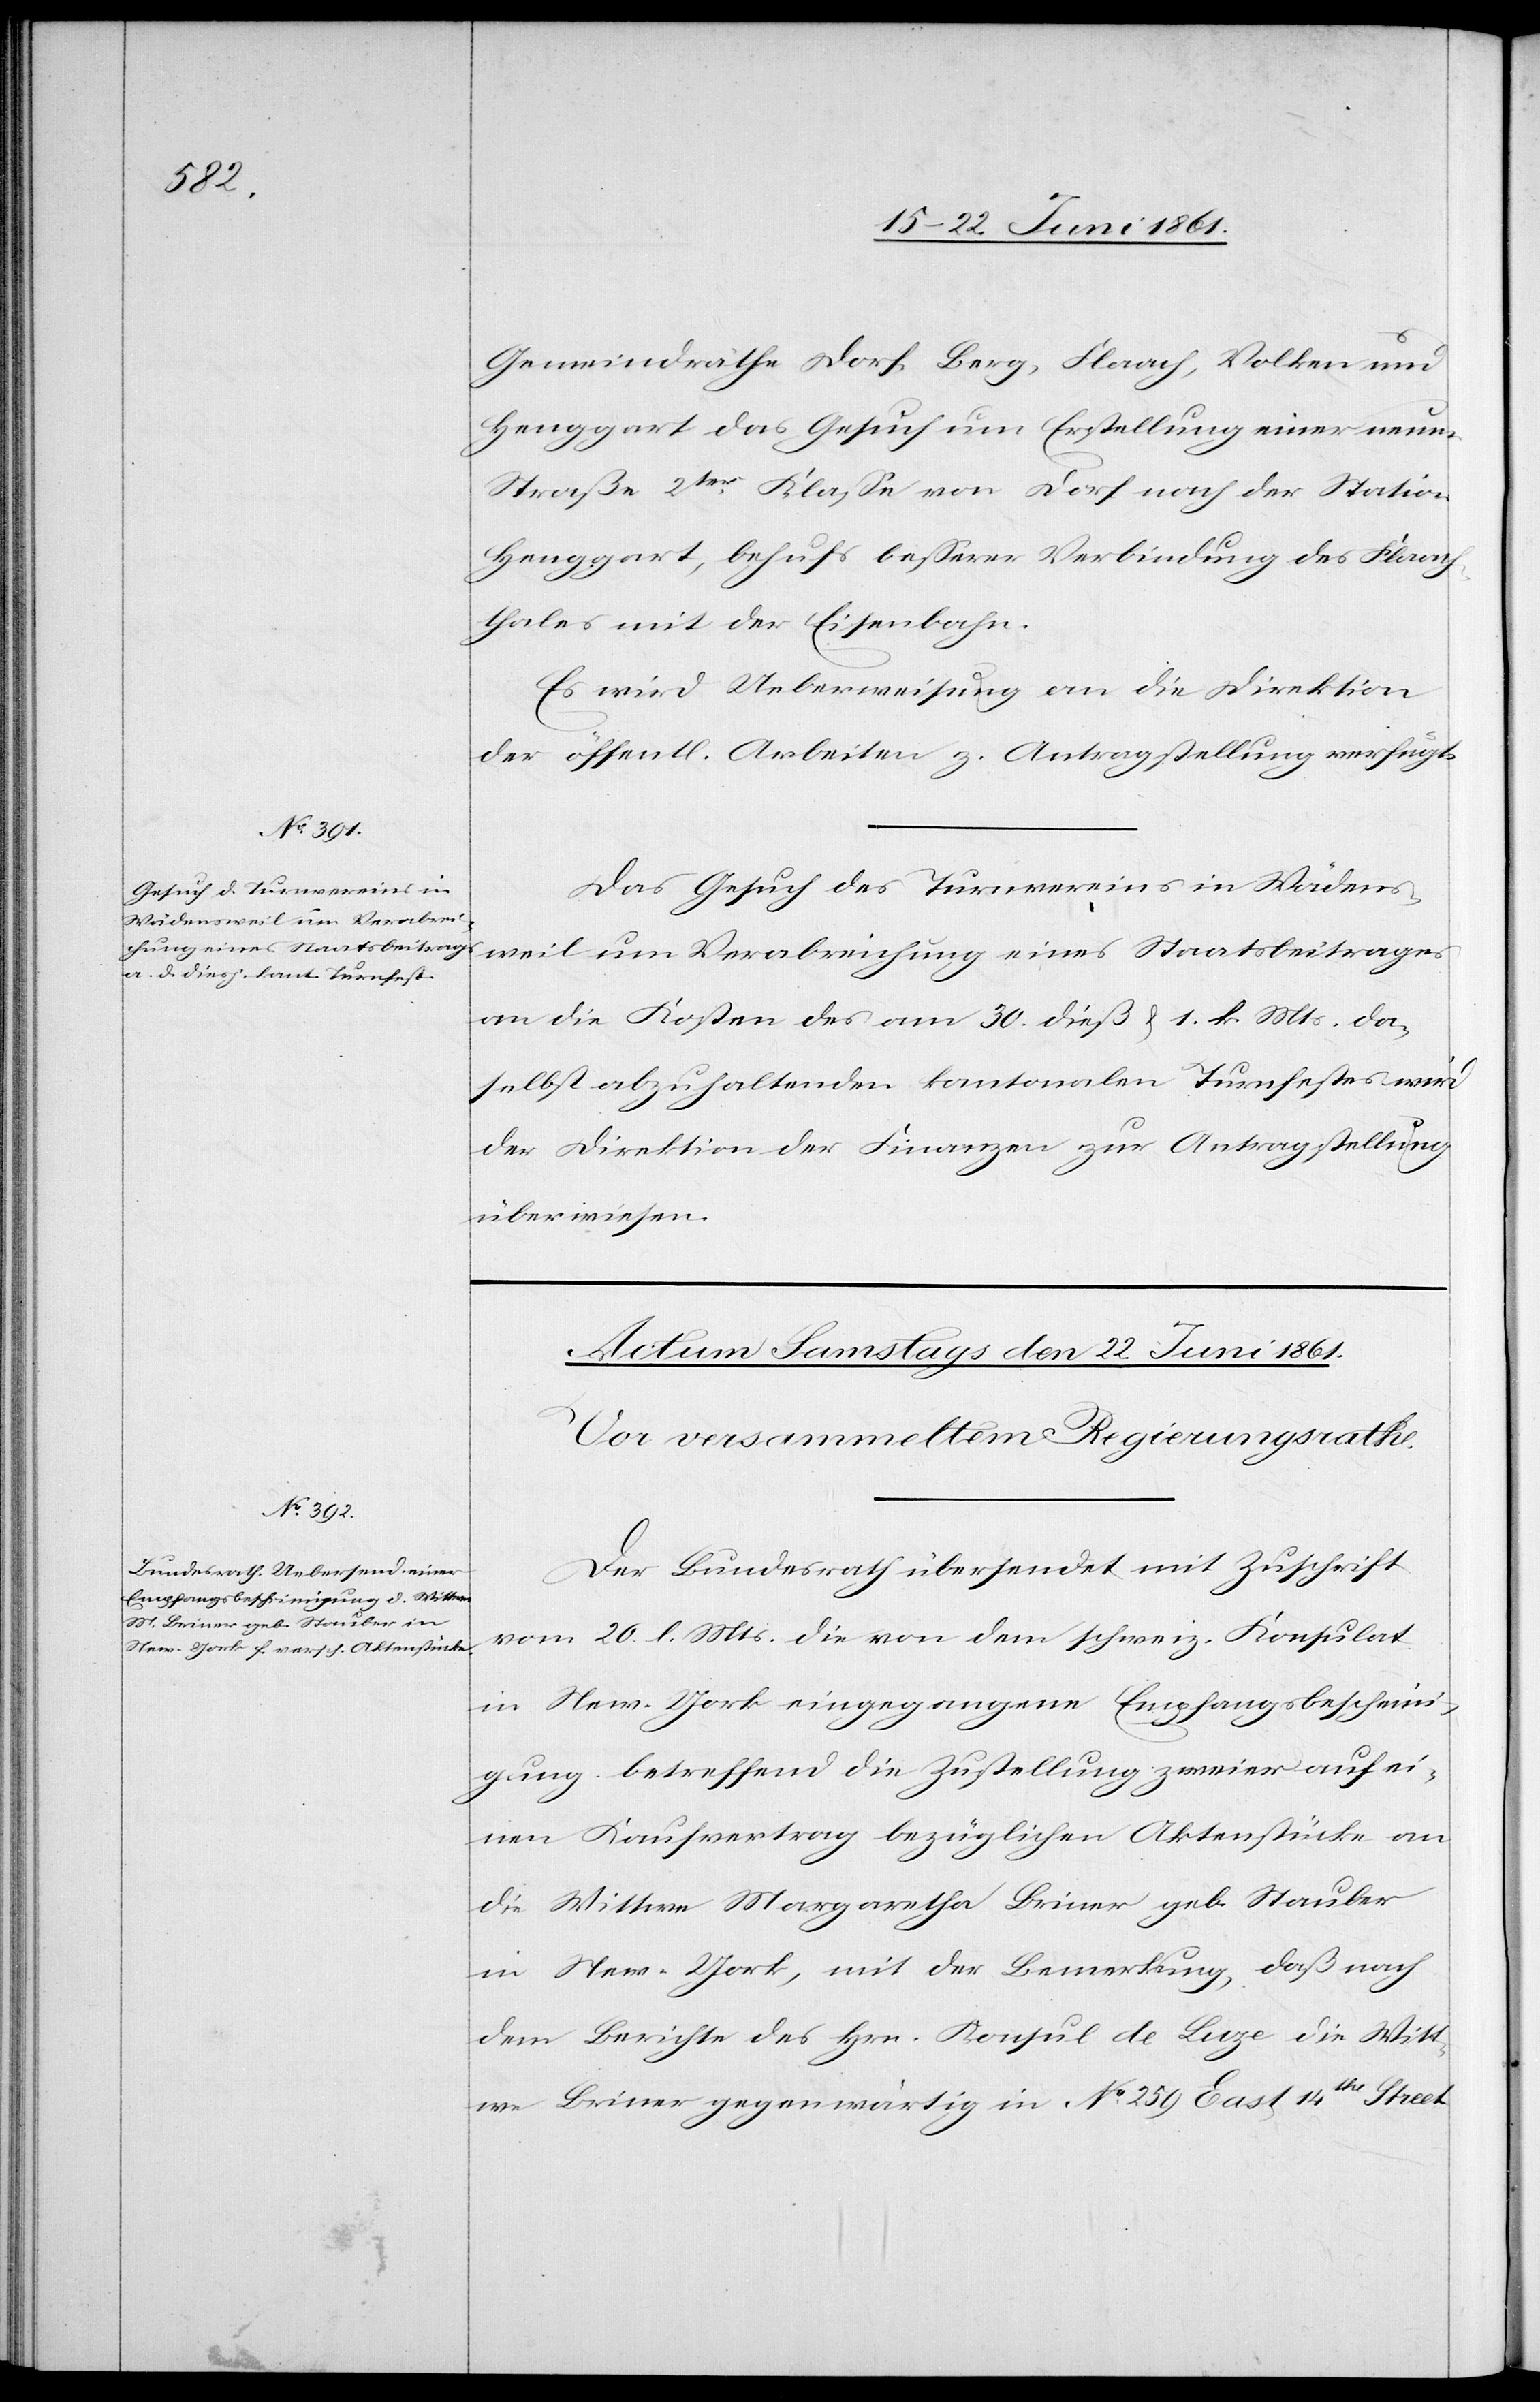
den 20. Juni 1861.]
Gemeindräthe Dorf, Berg, Flaach, Volken und
Henggart das Gesuch um Erstellung einer neuen
Straße 2ter Klasse von Dorf nach der Station
Henggart, behufs besserer Verbindung des Flaach¬
thales mit der Eisenbahn.
Es wird Ueberweisung an die Direktion
der öffentl. Arbeiten z. Antragstellung verfügt.
Das Gesuch des Turnvereins in Wädens¬
weil um Verabreichung eines Staatsbeitrages
an die Kosten des am 30. dieß u. 1. k. Mts. da¬
selbst abzuhaltenden kantonalen Turnfestes wird
der Direktion der Finanzen zur Antragstellung
überwiesen.
Der Bundesrath übersendet mit Zuschrift
vom 20. l. Mts. die von dem schweiz. Konsulat
in New-York eingegangene Empfangsbescheini¬
gung betreffend die Zustellung zweier auf ei¬
nen Kaufvertrag bezüglichen Aktenstücke an
die Wittwe Margaretha Briner geb. Stauber
in New-York, mit der Bemerkung, daß nach
dem Berichte des Hrn. Konsul de Luze die Witt¬
we Briner gegenwärtig in No 259 East 14th Street